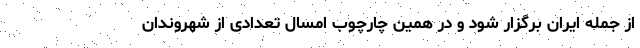
از جمله ایران برگزار شود و در همین چارچوب امسال تعدادی از شهروندان